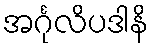
အင်္ဂုလိပဒါနိ